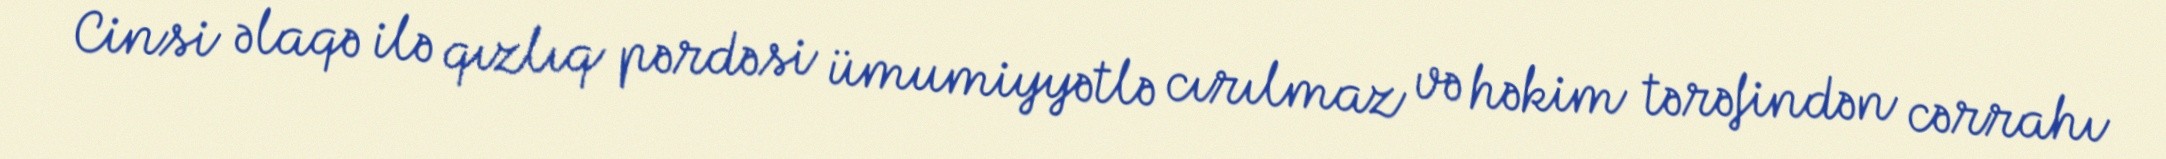
Cinsi əlaqə ilə qızlıq pərdəsi ümumiyyətlə cırılmaz və həkim tərəfindən cərrahı